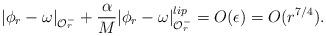
LaTeX: \begin{align*}|\phi_r-\omega|_{\mathcal{O}_r^-}+\frac{\alpha}{M}|\phi_r-\omega|^{lip}_{\mathcal{O}_r^-}=O(\epsilon)=O(r^{7/4}).\end{align*}